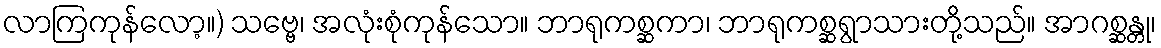
လာကြကုန်လော့။) သဗ္ဗေ၊ အလုံးစုံကုန်သော။ ဘာရုကစ္ဆကာ၊ ဘာရုကစ္ဆရွာသားတို့သည်။ အာဂစ္ဆန္တု၊